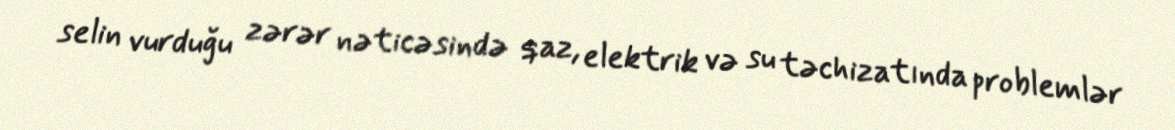
selin vurduğu zərər nəticəsində qaz, elektrik və su təchizatında problemlər